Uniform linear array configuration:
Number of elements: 4
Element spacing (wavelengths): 1
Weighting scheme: hamming
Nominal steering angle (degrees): -60
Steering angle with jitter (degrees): -58.102
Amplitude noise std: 0.05
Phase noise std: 0.05

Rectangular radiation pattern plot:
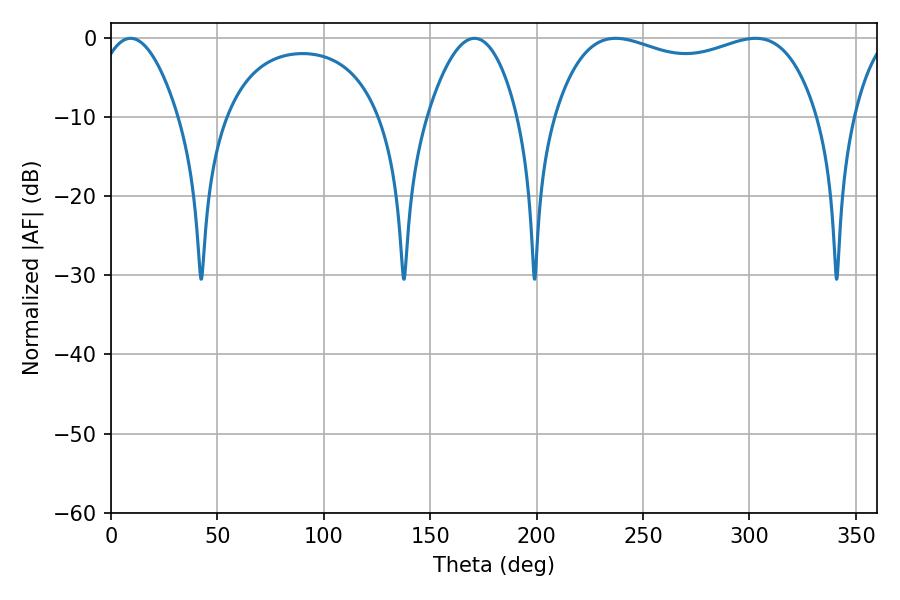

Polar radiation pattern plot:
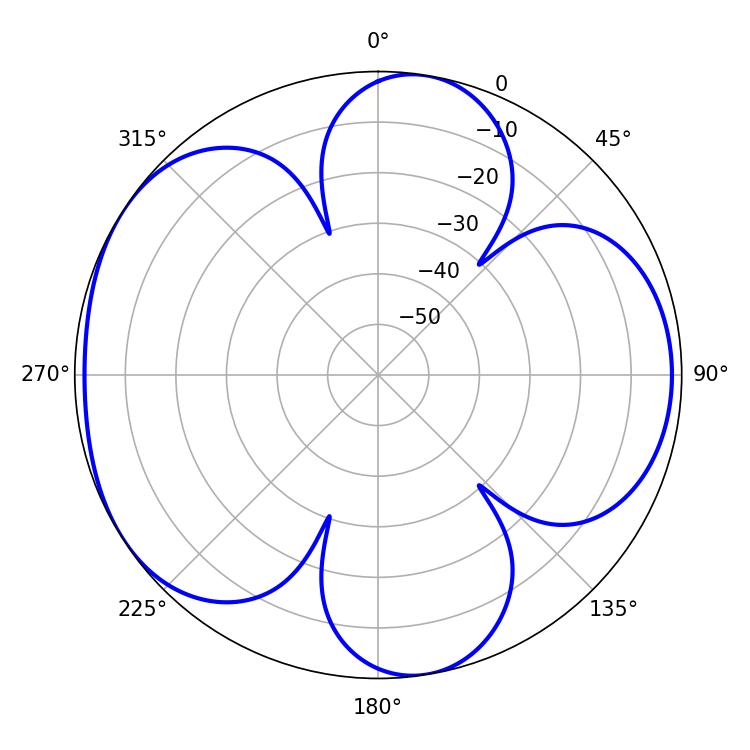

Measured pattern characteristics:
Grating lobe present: TRUE
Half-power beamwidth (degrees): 21.24
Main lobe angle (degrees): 9.18